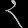
Digit: ၃